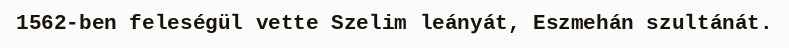
1562-ben feleségül vette Szelim leányát, Eszmehán szultánát.